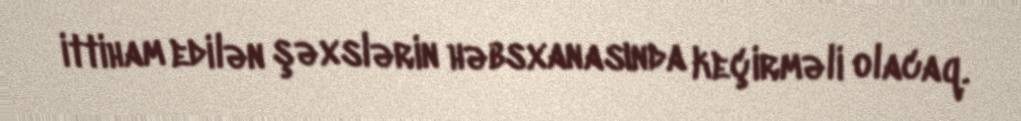
ittiham edilən şəxslərin həbsxanasında keçirməli olacaq.